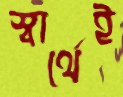
স্বার্থেই